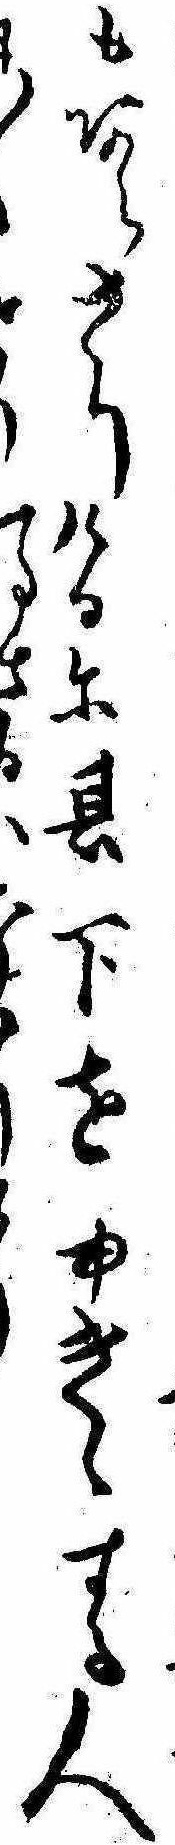
もあらさりけるに其下をゆきゝする人〱とりさるなか